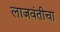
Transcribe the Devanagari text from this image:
लाजवंतीचा